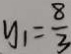
y _ { 1 } = \frac { 8 } { 3 }